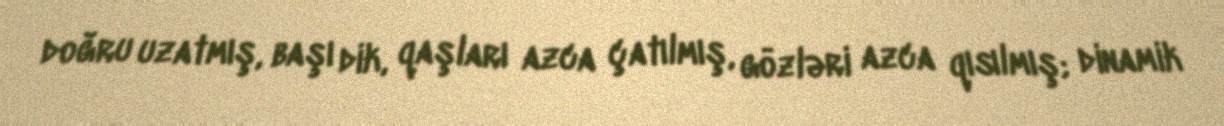
doğru uzatmış, başı dik, qaşları azca çatılmış, gözləri azca qısılmış; dinamik